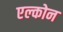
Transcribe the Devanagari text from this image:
एल्कोन